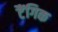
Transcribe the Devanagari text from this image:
टैंगिक